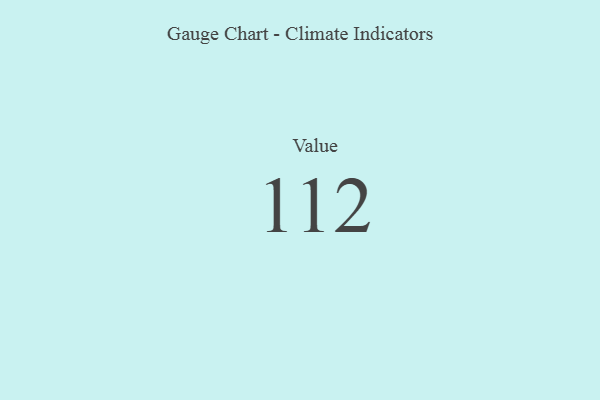
{"axis": {"x": "Metric", "y": "Value"}, "legend": [""], "data": [{"x": "Value", "y": 112, "type": ""}]}